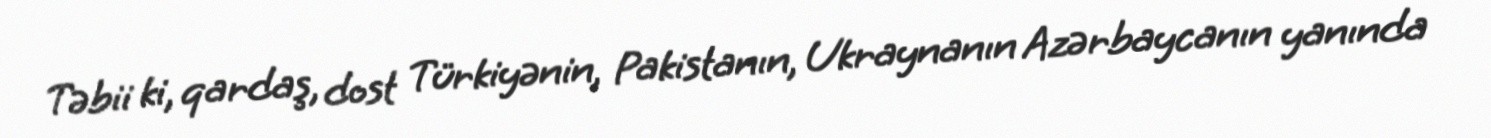
Təbii ki, qardaş, dost Türkiyənin, Pakistanın, Ukraynanın Azərbaycanın yanında